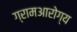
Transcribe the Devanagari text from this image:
ग्रामआरोग्य